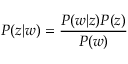
P ( z | w ) = \frac { P ( w | z ) P ( z ) } { P ( w ) }